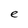
Character: e